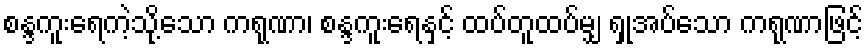
စန္ဒကူးရေကဲ့သို့သော ကရုဏာ၊ စန္ဒကူးရေနှင့် ထပ်တူထပ်မျှ ရှုအပ်သော ကရုဏာဖြင့်